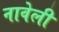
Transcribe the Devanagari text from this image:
नावेली